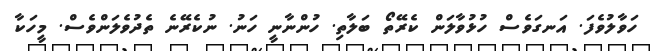
ހަވާލުވެފަ. އަނގަވެސް ހުޅުވާލަން ކެރޭތޯ ބަލާތި. ހުންނާނީ ހަނު. ނުކެރޭނެ ތެދުވެލަންވެސް. މީހަކާ